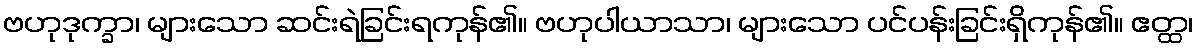
ဗဟုဒုက္ခာ၊ များသော ဆင်းရဲခြင်းရကုန်၏။ ဗဟုပါယာသာ၊ များသော ပင်ပန်းခြင်းရှိကုန်၏။ ဧတ္ထ၊